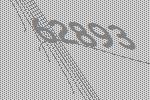
62893